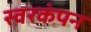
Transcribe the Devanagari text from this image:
स्वरकंपन